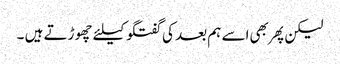
لیکن پهر بهی اسے ہم بعد کی گفتگو کیلئے چهوڑتے ہیں ۔